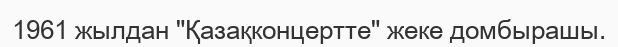
1961 жылдан "Қазақконцертте" жеке домбырашы.